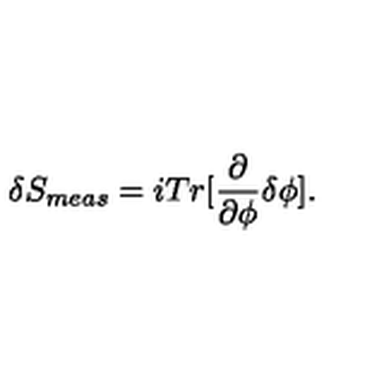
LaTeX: \delta S _ { m e a s } = i T r [ \frac { \partial } { \partial \phi } \delta \phi ] .